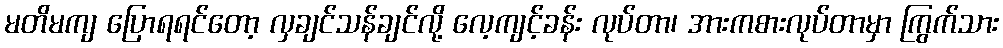
မတိမကျ ပြောရရင်တော့ လှချင်သန်ချင်လို့ လေ့ကျင့်ခန်း လုပ်တာ၊ အားကစားလုပ်တာမှာ ကြွက်သား